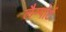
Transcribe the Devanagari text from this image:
लैम्पोर्ट